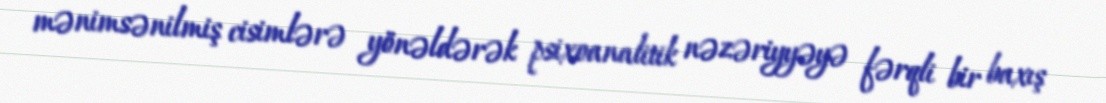
mənimsənilmiş cisimlərə yönəldərək psixoanalitik nəzəriyyəyə fərqli bir baxış